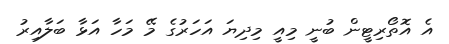
އެ އޮތޯރިޓީން ބުނީ މިއީ މިދިޔަ އަހަރުގެ މޭ މަހާ އަޅާ ބަލާއިރު